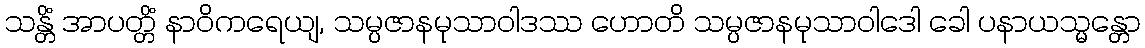
သန္တိံ အာပတ္တိံ နာဝိကရေယျ, သမ္ပဇာနမုသာဝါဒဿ ဟောတိ သမ္ပဇာနမုသာဝါဒေါ ခေါ ပနာယသ္မန္တော